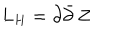
L _ { H } = \partial \bar { \partial } \, Z